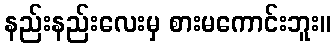
နည်းနည်းလေးမှ စားမကောင်းဘူး။